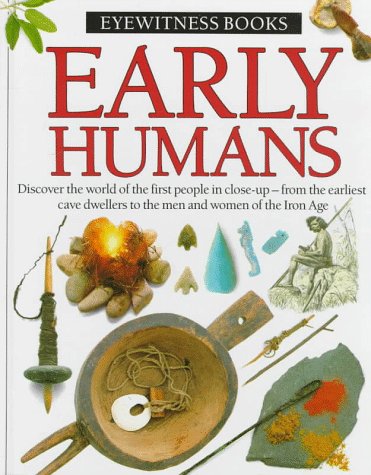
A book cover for Early Humans (Eyewitness Books); Dorling Kindersley Ltd; Teen & Young Adult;